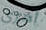
أخرى